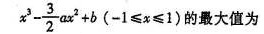
x^{3}-\frac{3}{2}ax^{2}+b(-1<=x<=1)的最大值为